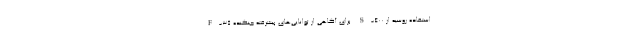
استفاده روسیه از S-۴۰۰ برای آگاهی از توانایی‌های پیشرفته جنگنده F-۳۵